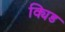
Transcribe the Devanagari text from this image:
क्यिड